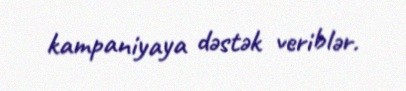
kampaniyaya dəstək veriblər.